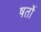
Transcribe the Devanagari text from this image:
षर्तो